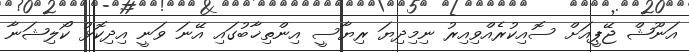
އަނޫޝް ޖޭޕީއަށް ސޮއިކުރެއްވިއިރު ނިމިދިޔަ ރިޔާސީ އިންތިޚާބުގައި އޭނަ ވަނީ އިދިކޮޅު ކޯލިޝަނާ